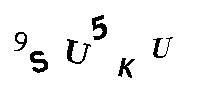
9SU5KU